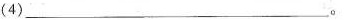
(4)___。